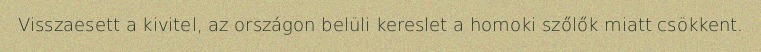
Visszaesett a kivitel, az országon belüli kereslet a homoki szőlők miatt csökkent.